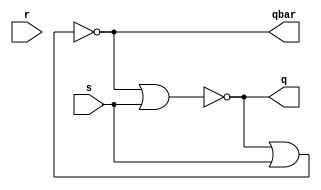
module latch_SR(
    input s,
    input r,
    output q,
    output qbar
    );
    nor (q,qbar,s);
    nor (qbar,q,s);
    
endmodule